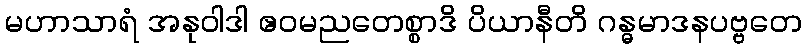
မဟာသာရံ အနုဝါဒါ ဧဝမညတေစ္စာဒိ ပိယာနီတိ ဂန္ဓမာဒနပဗ္ဗတေ